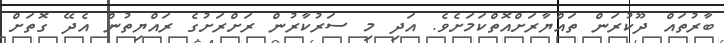
ބާރުތައް ދޫކުރަން ތައްޔާރަށްއޮތްކަމަށެވެ. އަދި މި ސަރުކާރުން ރަށްރަށުގެ ރައްޔިތުން އެދޭ ގޮތަށް